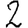
Digit: 2